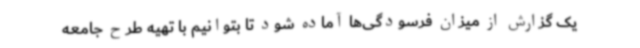
یک گزارش از میزان فرسودگی‌ها آماده شود تا بتوانیم با تهیه طرح جامعه